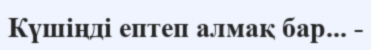
Күшіңді ептеп алмақ бар... -